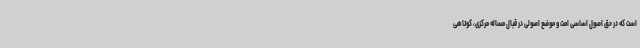
است که در حق اصول اساسی امت و موضع اصولی در قبال مساله مرکزی، کوتاهی